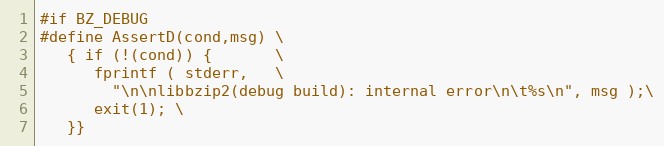
Language: C
#if BZ_DEBUG
#define AssertD(cond,msg) \
   { if (!(cond)) {       \
      fprintf ( stderr,   \
        "\n\nlibbzip2(debug build): internal error\n\t%s\n", msg );\
      exit(1); \
   }}